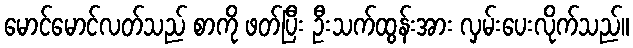
မောင်မောင်လတ်သည် စာကို ဖတ်ပြီး ဦးသက်ထွန်းအား လှမ်းပေးလိုက်သည်။